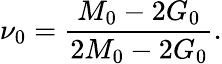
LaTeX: \nu_{0}=\frac{M_{0}-2G_{0}}{2M_{0}-2G_{0}}.